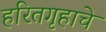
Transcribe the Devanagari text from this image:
हरितगृहाचे